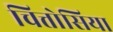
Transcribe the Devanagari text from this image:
चित्तोसिया